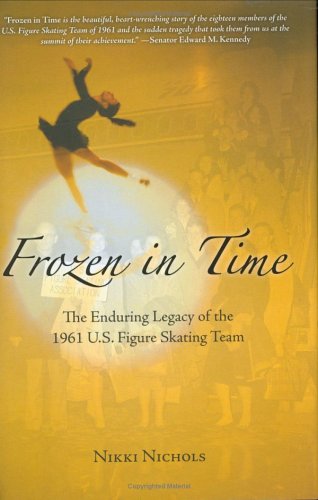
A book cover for Frozen in Time: The Enduring Legacy of the 1961 U.S. Figure Skating Team; Nikki Nichols; Sports & Outdoors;